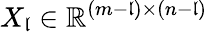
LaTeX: X_{\mathfrak{l}}\in\mathbb{R}^{(m-\mathfrak{l})\times(n-\mathfrak{l})}